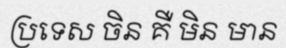
ប្រទេស ចិន គឺ មិន មាន